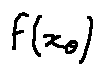
f ( x _ { \theta } )